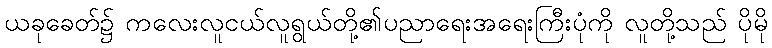
ယခုခေတ်၌ ကလေးလူငယ်လူရွယ်တို့၏ပညာရေးအရေးကြီးပုံကို လူတို့သည် ပိုမို